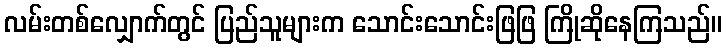
လမ်းတစ်လျှောက်တွင် ပြည်သူများက သောင်းသောင်းဖြဖြ ကြိုဆိုနေကြသည်။